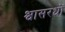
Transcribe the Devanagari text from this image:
श्वासरध्राें